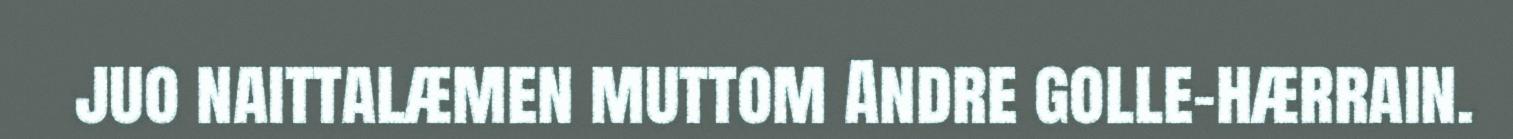
juo naittalæmen muttom Andre golle-hærrain.